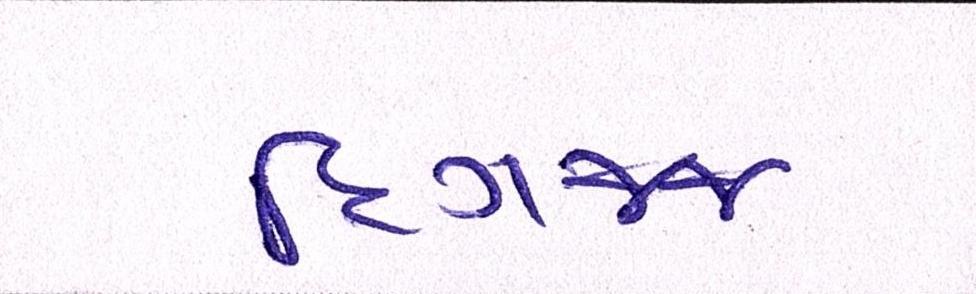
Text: દિગજ્જ